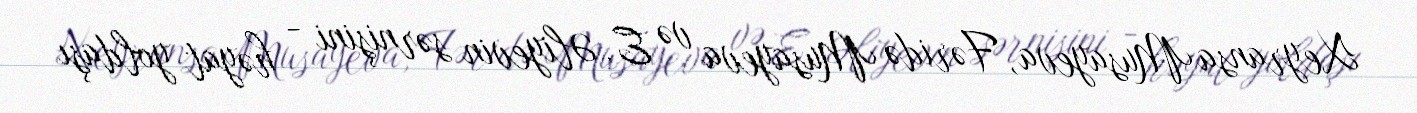
Xeyransa Musayeva, Fəridə Musayeva və E. Əliyevin sərnişini - həyat yoldaşı